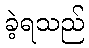
ခဲ့ရသည်